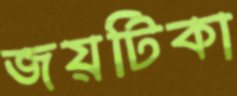
জয়টিকা